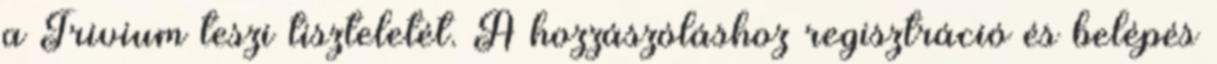
a Trivium teszi tiszteletét. A hozzászóláshoz regisztráció és belépés